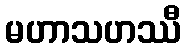
မဟာသဟဿီ